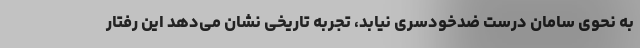
به نحوی سامان درست ضدخودسری نیابد، تجربه تاریخی نشان می‌دهد این رفتار